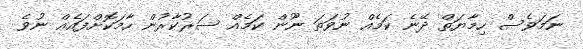
ނަމަވެސް ހިމާޔަތް ދޭނެ ކަމެއް ނުވަތަ ނޫން ކަމެއް ސަރުކާރުން ހާމަކޮށްފައެއް ނުވެ